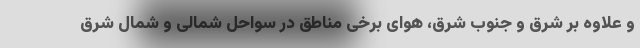
و علاوه بر شرق و جنوب شرق، هوای برخی مناطق در سواحل شمالی و شمال شرق